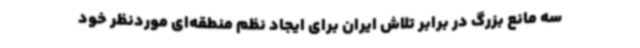
سه مانع بزرگ در برابر تلاش ایران برای ایجاد نظم منطقه‌ای موردنظر خود